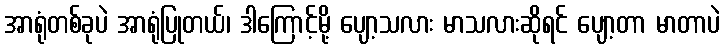
အာရုံတစ်ခုပဲ အာရုံပြုတယ်၊ ဒါကြောင့်မို့ ပျော့သလား မာသလားဆိုရင် ပျော့တာ မာတာပဲ